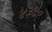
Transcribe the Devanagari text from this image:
४३५०